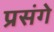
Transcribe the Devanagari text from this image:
प्रसंगे